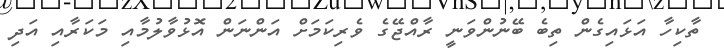
ތާކިހާ އަޅައިގެން ތިބެ ބޭނުންވަނީ ރާއްޖޭގެ ވެރިކަމަށް އަންނަން އޮޅުވާލުމާއި މަކަރާއި އަދި